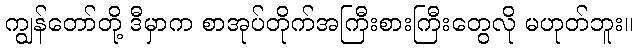
ကျွန်တော်တို့ ဒီမှာက စာအုပ်တိုက်အကြီးစားကြီးတွေလို မဟုတ်ဘူး။